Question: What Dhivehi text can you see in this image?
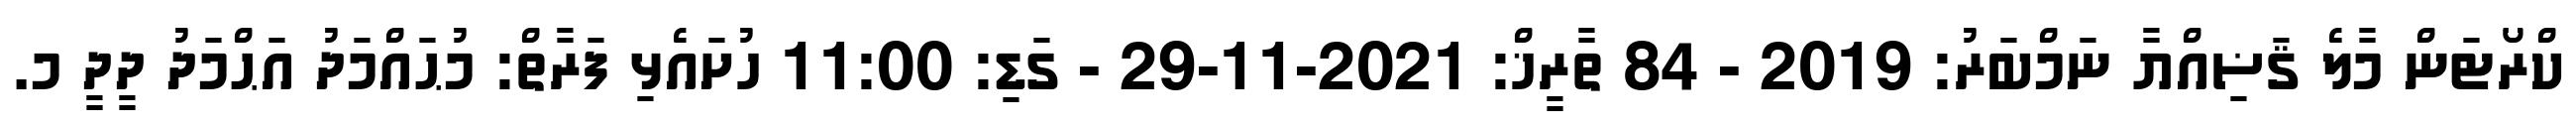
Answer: ކްރޯޓަން މާލެ ޤަޟިއްޔާ ނަމްބަރު: 2019 - 84 ތާރީޚް: 2021-11-29 - ގަޑި: 11:00 ހުށައެޅި ފަރާތް: މުޙައްމަދު އަޙްމަދު ދީދީ މ.